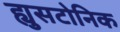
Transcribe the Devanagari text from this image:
ह्युसटोनिक